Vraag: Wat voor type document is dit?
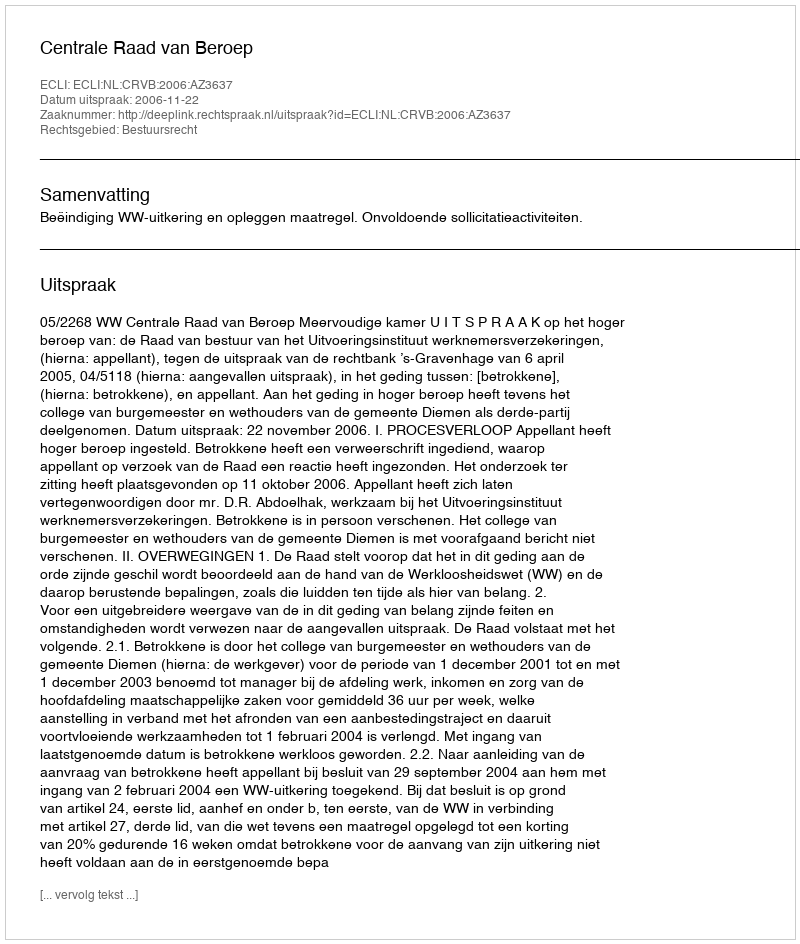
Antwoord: Uitspraak